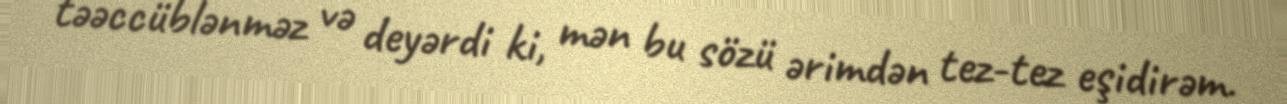
təəccüblənməz və deyərdi ki, mən bu sözü ərimdən tez-tez eşidirəm.